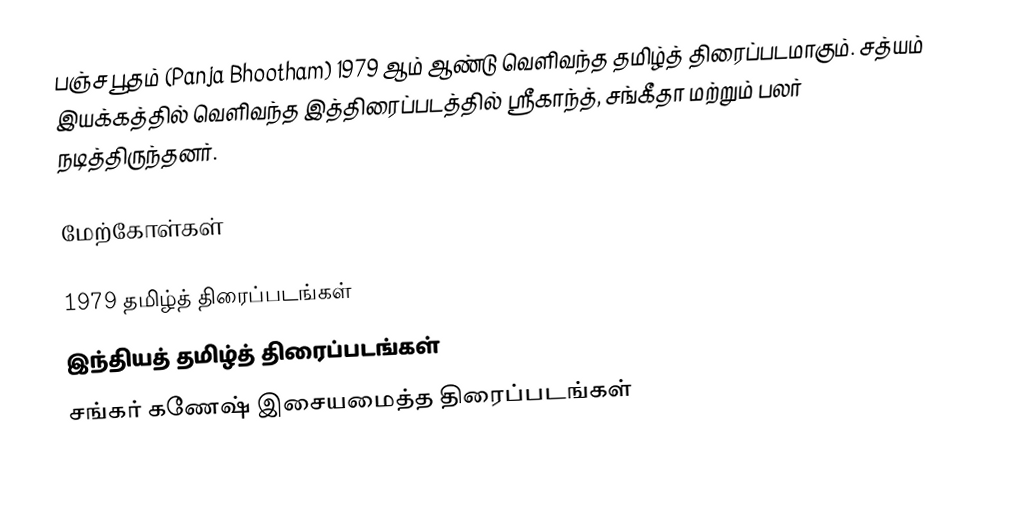
பஞ்ச பூதம் (Panja Bhootham) 1979 ஆம் ஆண்டு வெளிவந்த தமிழ்த் திரைப்படமாகும். சத்யம் இயக்கத்தில் வெளிவந்த இத்திரைப்படத்தில் ஸ்ரீகாந்த், சங்கீதா மற்றும் பலர் நடித்திருந்தனர்.

மேற்கோள்கள்

1979 தமிழ்த் திரைப்படங்கள்
இந்தியத் தமிழ்த் திரைப்படங்கள்
சங்கர் கணேஷ் இசையமைத்த திரைப்படங்கள்